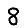
Digit: 8